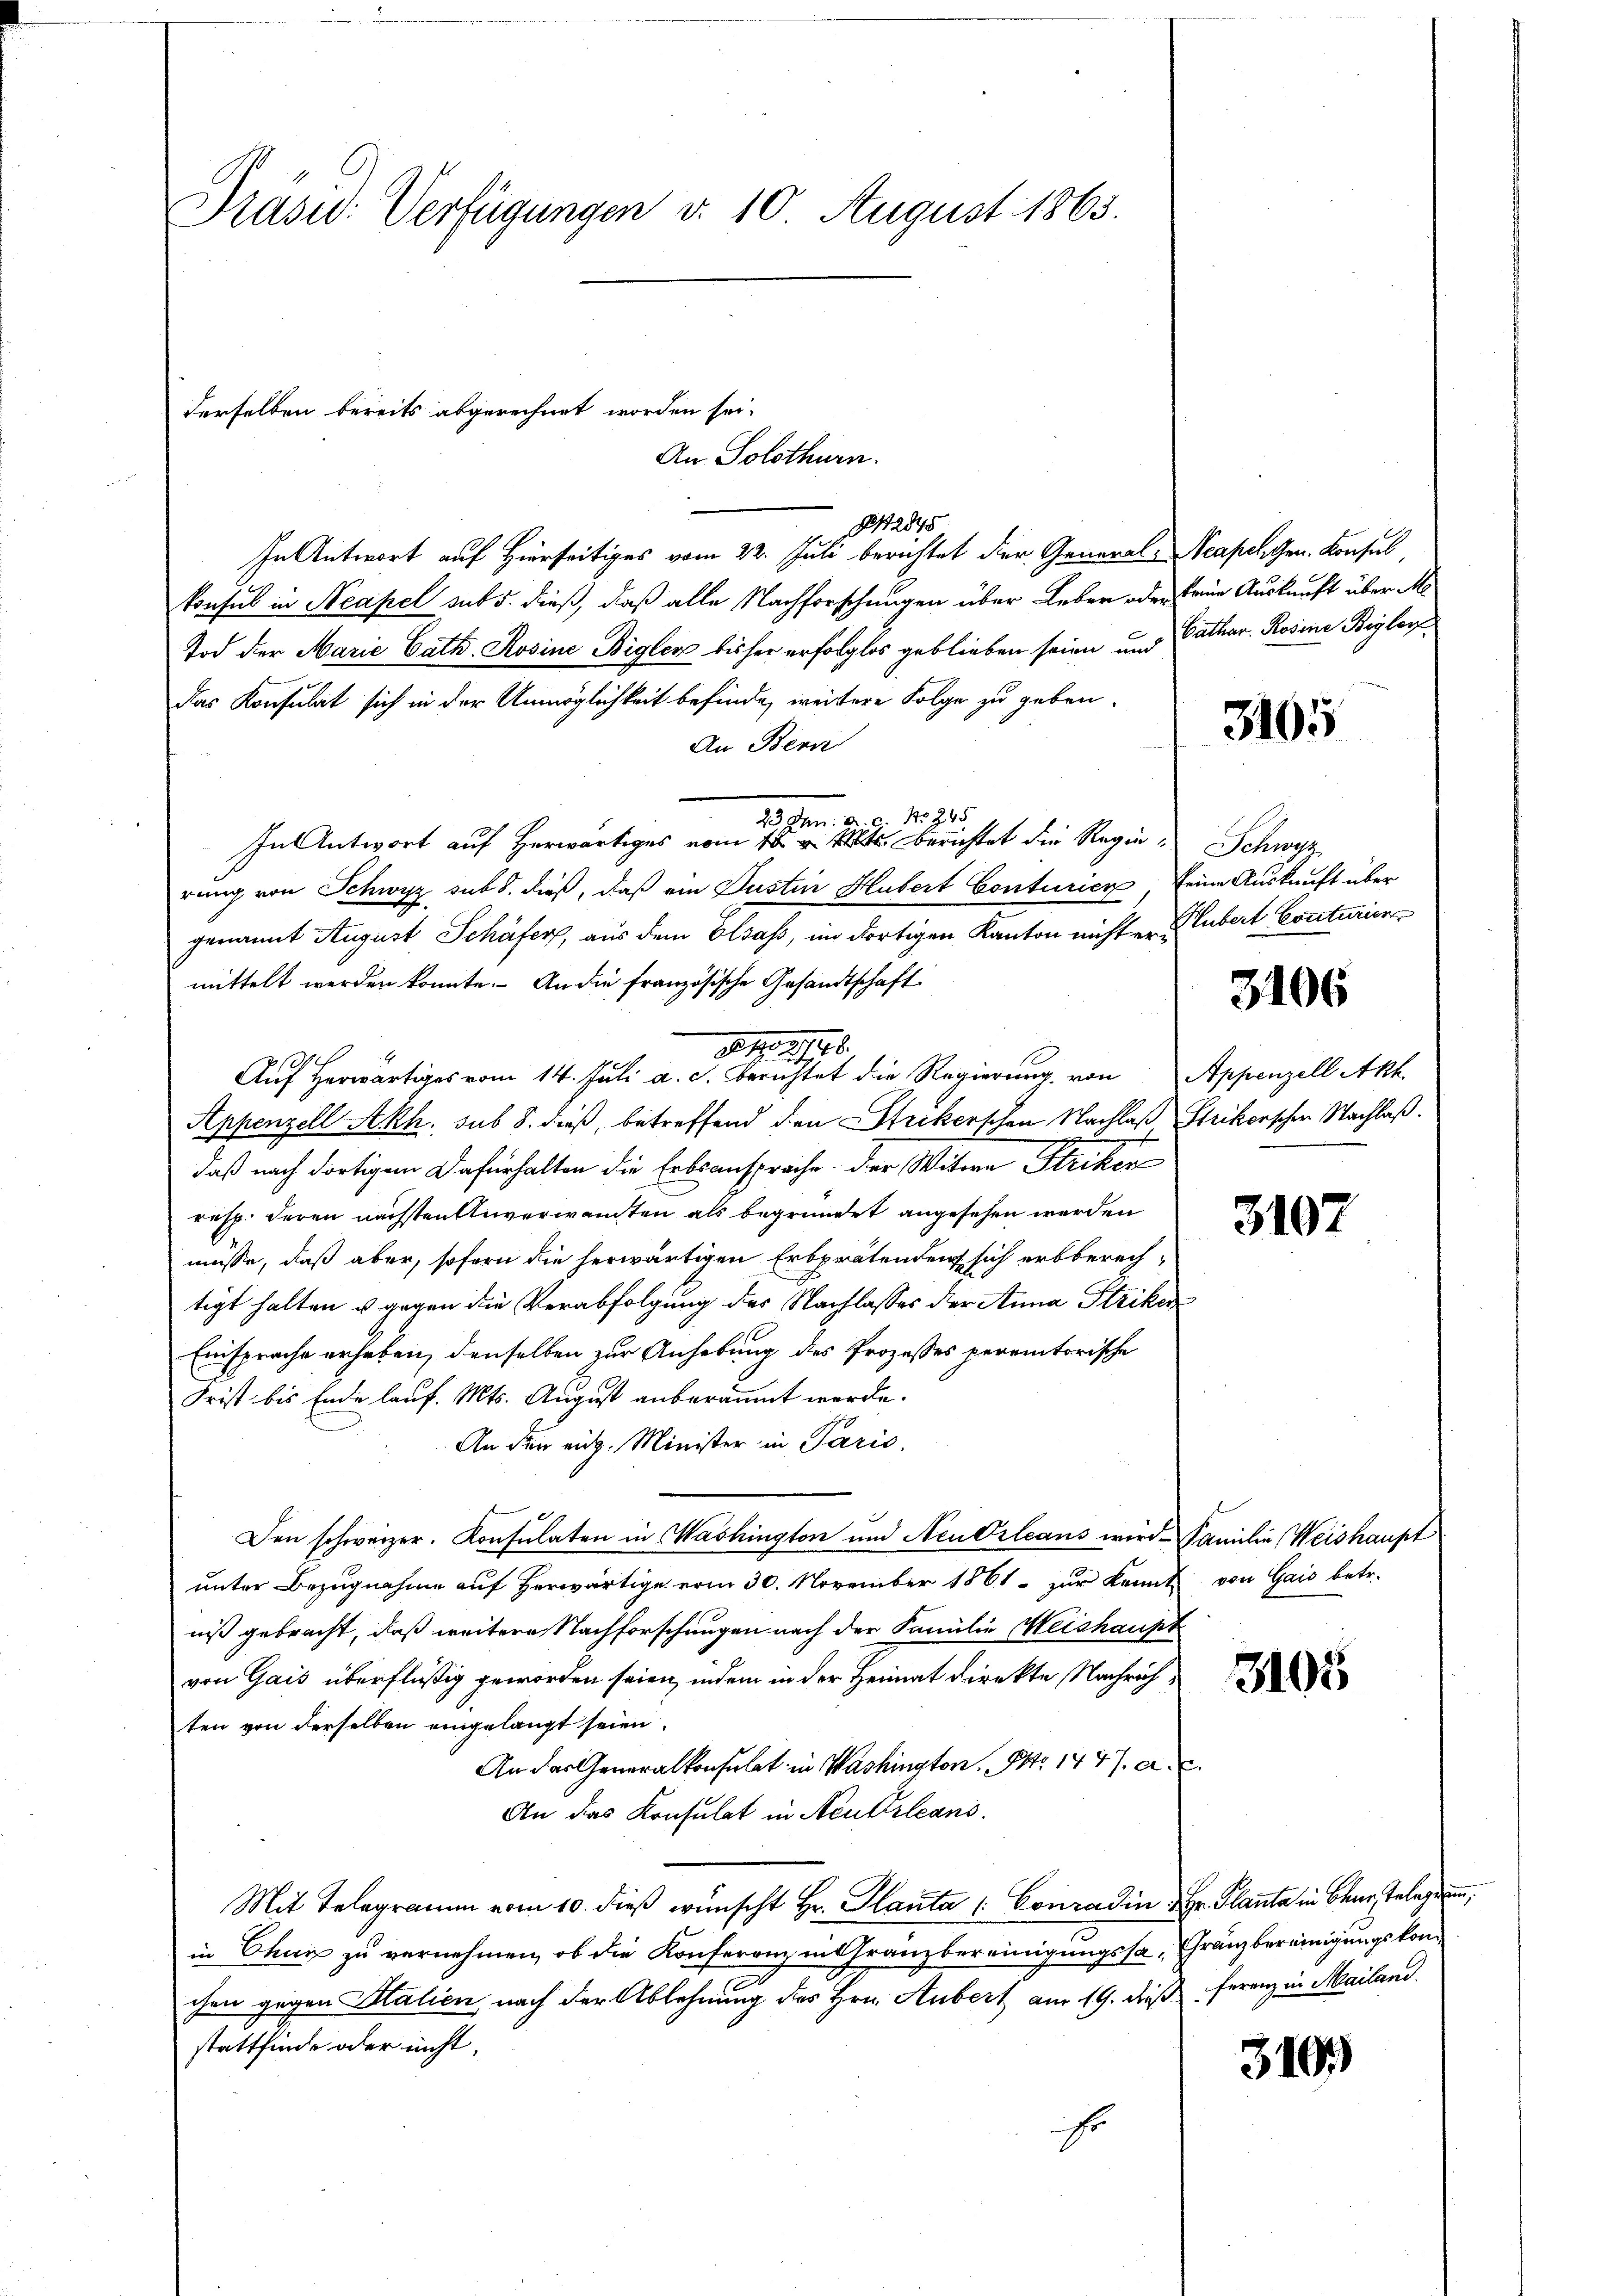
Präsid. Verfügungen d. 10 August 1863.

42845
In Antwort auf Hierseitiges vom 22. Juli berichtet der General-Neapelgen. Konsul
konsul in Neapel sub 5. dieß, daß alle Nachforschungen über Leben oder seine Auskunft über Me
Tod der Marie Cath. Rosine Bigler bisher erfolglos geblieben seien und Cathar. Rosine Biglorf
das Konsulat sich in der Unmöglichkeit befinde, weitere Folge zu geben.
An Bern
23 Jun. a. c. Nr. 245
In Antwort auf Herwärtiges vom 18. v. Mts. berichtet die Regie-Schwyz
rung von Schwyz sub d. dieß, daß ein Justin Hubert Conturien seine Auskunft über
genannt August Schäfer, aus dem Elsass, im dortigen Kanton nicht ermittelt werden konnte. An die französische Gesandtschaft
1.M. 116.
Auf Herr vom 14. Juli an die Regierung von Appenzell Akt.
Appenzell Akh. sub 8. dieß, betreffend den Strikerschen Nachlaß Strikorschen Nachlaß.
daß nach dortigem Dafürhalten die Erbsansprache der Witwe Striken
resp. deren nächsten Anverwandten als begründet angesehen werden
müsse, daß aber, sofern die herwärtigen Erbprätendent sich erbberechtigt halten u. gegen die Verabfolgung des Nachlasses der Anna Striken
Einsprache erheben, denselben zur Anhebung des Prozesses peremtorische
Frist bis Ende lauf. Mts. August anberäumt werde.
An der eidg. Minister in Paris,
Den schweizer. Konsulaten in Washington und Neu Orleans wird Familie (Weishaupt
unter Bezugnahme auf herwärtige vom 30. November 1861 zur Kennt von Gais betr.
niß gebracht, daß weitere Nachforschungen nach der Familie Meishaupt
von Gais überflüßig geworden seien, indem in der Heimat direkte Nachrichten von derselben eingelangt seien.
An das Generalkonsulat in Washington, Otto 1447. a. u.
An das Konsulat in Neukrleans
Mit Telegramm vom 10. dieß wünscht Hr. Planta /: Conradin, Hr. Planta in Baar Telegen,
in Chur zu vernehmen, ob die Konferenz in Kranzbereinigungssa, Gränzbereinigungskomchen gegen Halien nach der Ablehnung des Hrn. Aubert am 19. dieß ferenz in Mailand.
stattfinde oder nicht,
Er

derselben bereits abgerechnet worden sei.
An Solothurn.

3105

Hubert Conturier

3106

3107

3105

319.